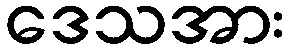
ဒေသအား